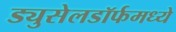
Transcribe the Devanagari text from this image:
ड्युसेलडॉर्फमध्ये